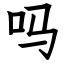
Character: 吗